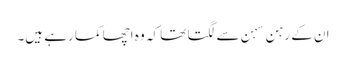
ان کے رہن سہن سے لگتا تھا کہ وہ اچھا کما رہے ہیں۔